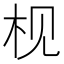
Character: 枧